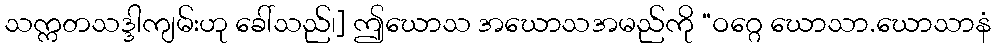
သက္ကတသဒ္ဒါကျမ်းဟု ခေါ်သည်၊] ဤဃောသ အဃောသအမည်ကို “ဝဂ္ဂေ ဃောသာ.ဃောသာနံ